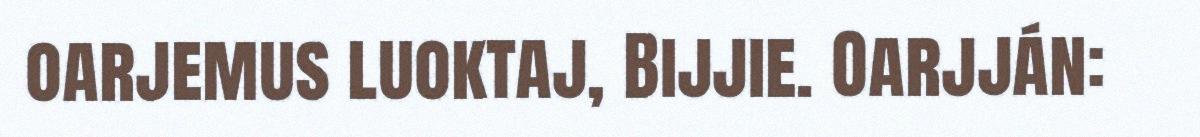
oarjemus luoktaj, Bijjie. Oarjján: